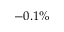
- 0 . 1 \%